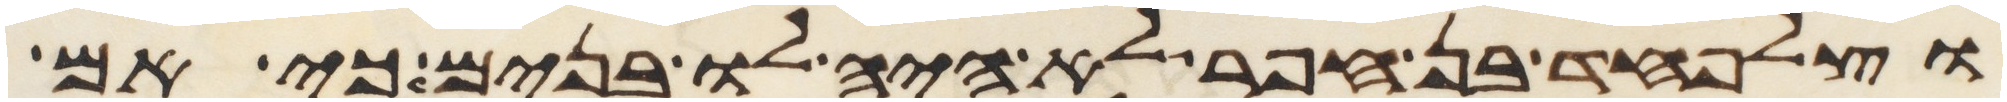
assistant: וצלפחד בן חפר לא היה לו בנים כי אם